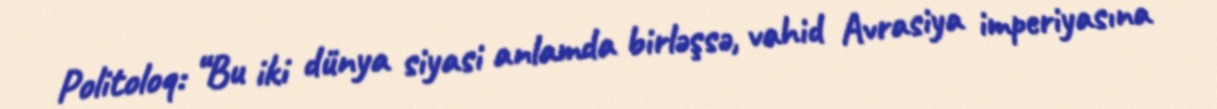
Politoloq: “Bu iki dünya siyasi anlamda birləşsə, vahid Avrasiya imperiyasına